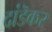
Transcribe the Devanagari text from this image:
दांडॆकर